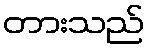
တားသည်